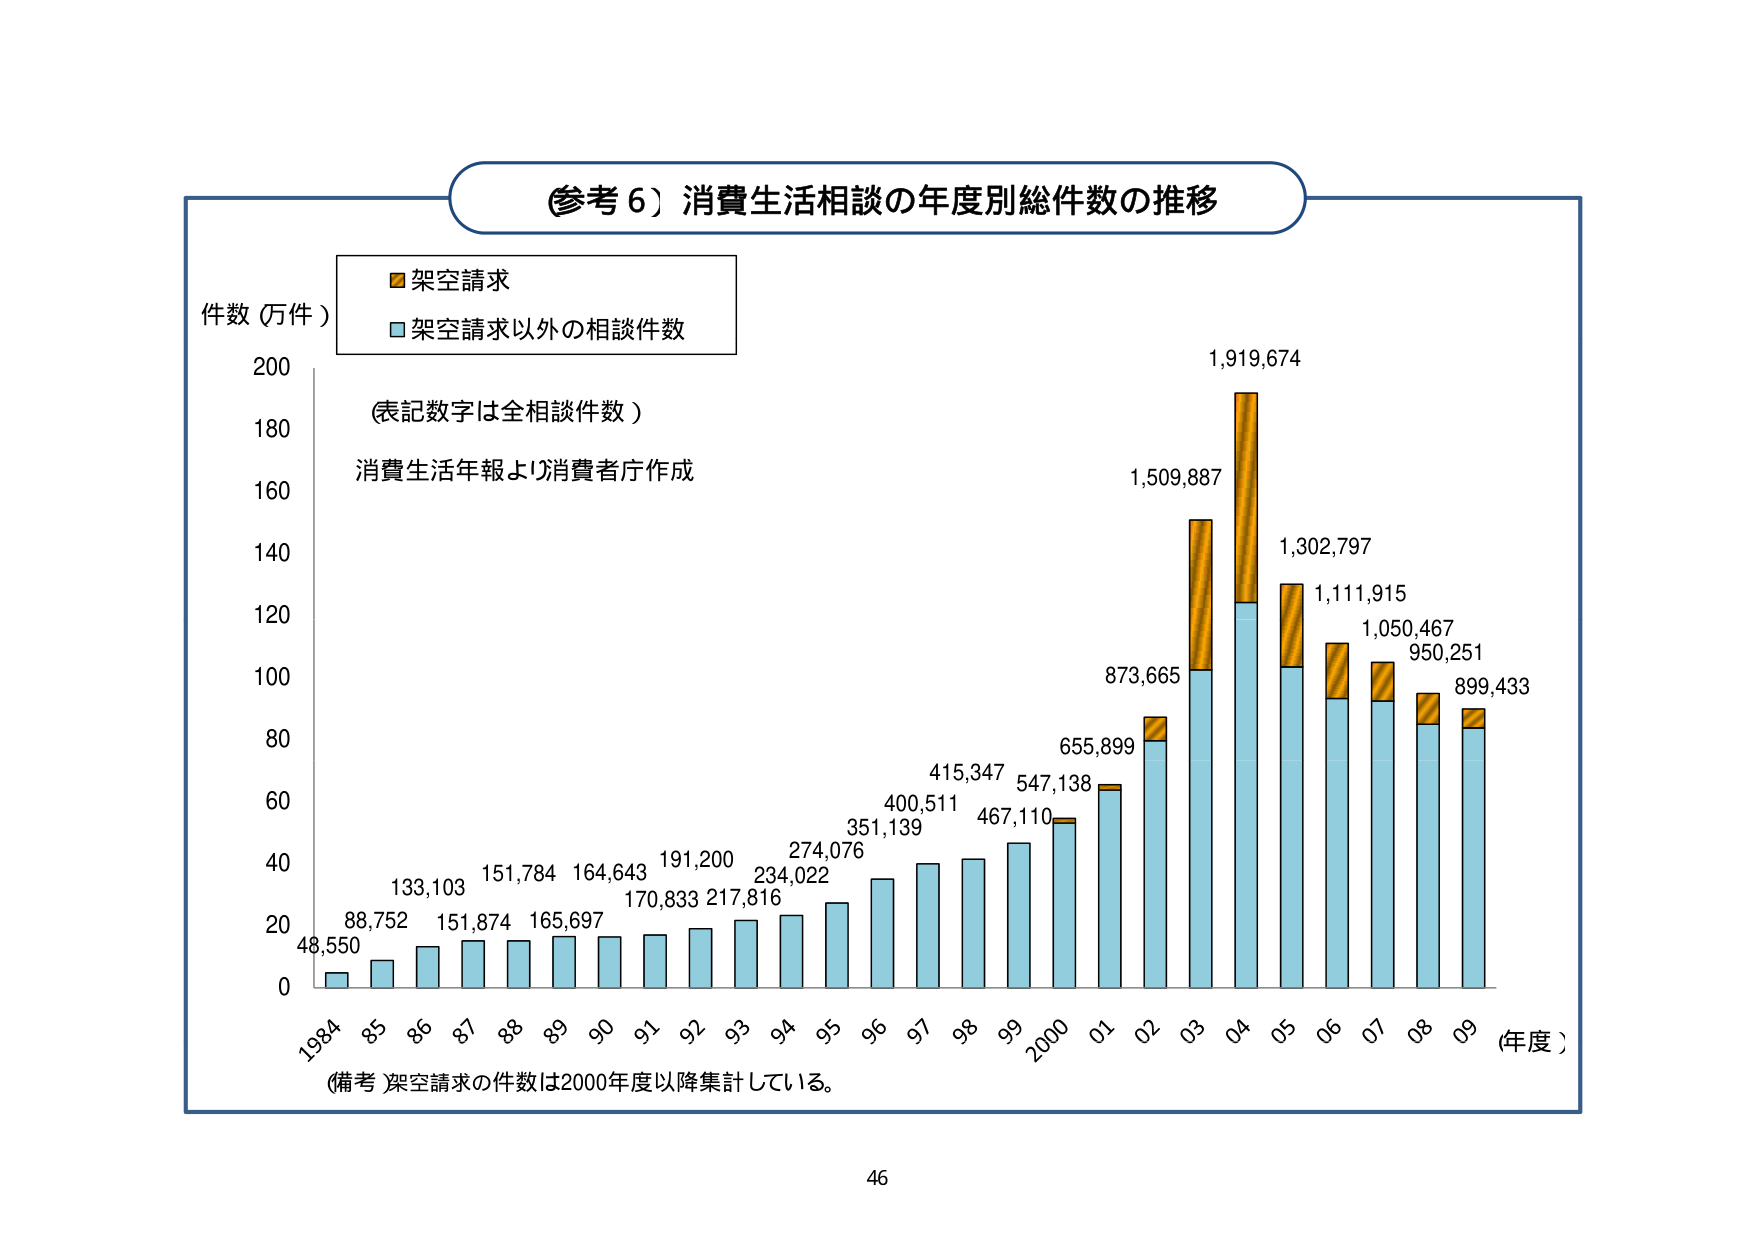
（参考６）消費生活相談の年度別総件数の推移

件数（万件）

■ 架空請求
■ 架空請求以外の相談件数

（表記数字は全相談件数）

消費生活年報より消費者庁作成

48,550
88,752
133,103
151,784
151,874
165,697
164,643
170,833
191,200
217,816
234,022
274,076
351,139
400,511
415,347
467,110
547,138
655,899
873,665
1,509,887
1,919,674
1,302,797
1,111,915
1,050,467
950,251
899,433

1984 85 86 87 88 89 90 91 92 93 94 95 96 97 98 99 2000 01 02 03 04 05 06 07 08 09 （年度）

（備考）架空請求の件数は2000年度以降集計している。

46